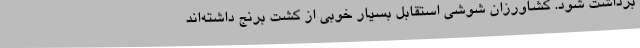
برداشت شود. کشاورزان شوشی استقابل بسیار خوبی از کشت برنج داشته‌اند